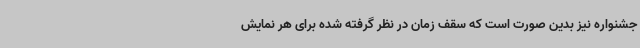
جشنواره نیز بدین صورت است که سقف زمان در نظر گرفته شده برای هر نمایش